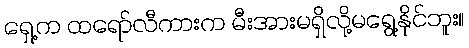
ရှေ့က ထရော်လီကားက မီးအားမရှိလို့မရွေ့နိုင်ဘူး။